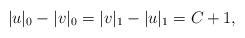
LaTeX: \begin{align*}|u|_0 - |v|_0 = |v|_1 - |u|_1 = C + 1,\end{align*}